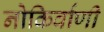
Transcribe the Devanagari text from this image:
नोकिर्वाणी